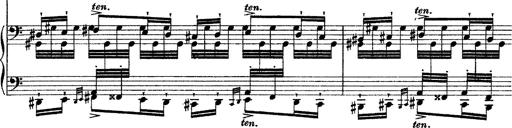
Title: Grande fantasie di bravura sur La clochette
Composer: Franz Liszt
Key: A minor